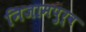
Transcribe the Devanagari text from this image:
निजामपुर्व